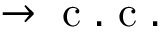
\rightarrow \mathrm { ~ c ~ . ~ c ~ . ~ }